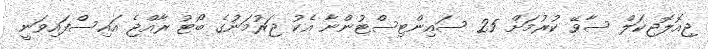
ޖިއޮލޮޖިކަލް ސާވޭ ކުރުމަށް 25 ސައިންޓިސްޓުންނާ އެކު ޖަރުމަނުގެ ބޯޓު ރާއްޖެ އައިސްފައިވަނީ